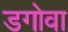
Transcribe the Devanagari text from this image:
डगोवा